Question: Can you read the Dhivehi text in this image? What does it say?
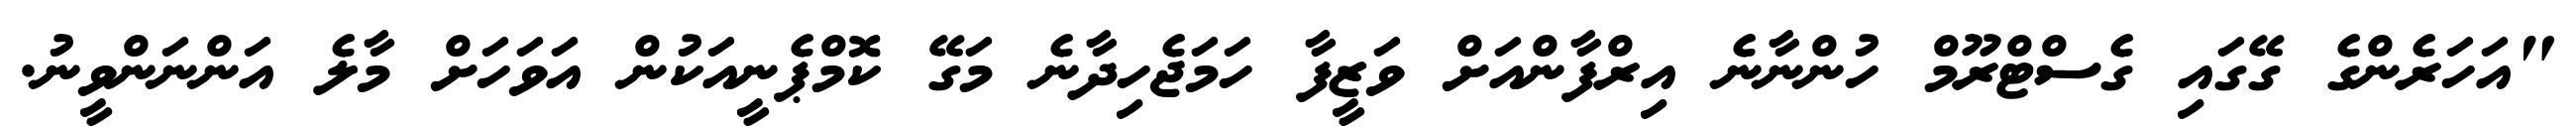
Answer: "އަހަރެންގެ ގޭގައި ގެސްޓްރޫމް ހުންނާނެ އިރްފާންއަށް ވަޒީފާ ހަމަޖެހިދާނެ މަގޭ ކޮމްޕެނީއަކުން އަވަހަށް މާލެ އަންނަންވީނު.